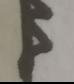
Signature authenticity: forged